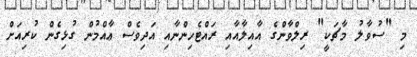
މި "ސުވާލު މާޗަކީ" ރިލްވާންގެ އާއިލާއާއި ރައްޓެހިންނާއި އަދިވެސް ޢާއްމުން ގުޅިގެން ކުރިއަށް